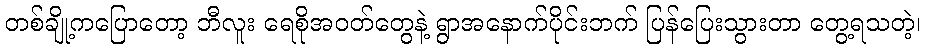
တစ်ချို့ကပြောတော့ ဘီလူး ရေစိုအဝတ်တွေနဲ့ ရွာအနောက်ပိုင်းဘက် ပြန်ပြေးသွားတာ တွေ့ရသတဲ့၊